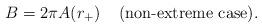
LaTeX: \begin{align*}B = 2\pi A(r_+)\;\;\;\; \mbox{(non-extreme case)}.\end{align*}